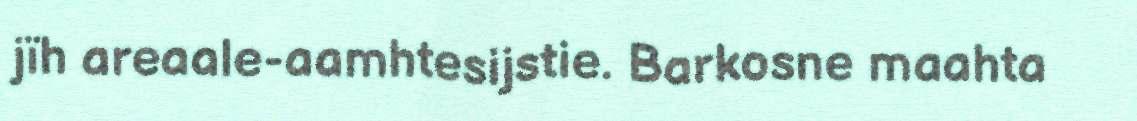
jïh areaale-aamhtesijstie. Barkosne maahta